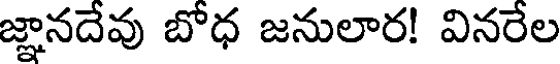
జ్ఞానదేవు బోధ జనులార! వినరేల